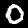
Label: 0